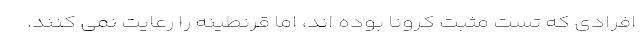
افرادی که تست مثبت کرونا بوده اند، اما قرنطینه را رعایت نمی کنند.